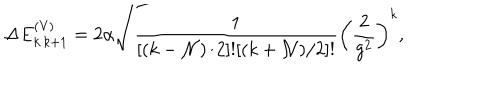
LaTeX: \Delta E _ { k \, k + 1 } ^ { \mathrm { ( V ) } } = 2 \alpha \sqrt { { \frac { 1 } { [ ( k - { \cal N } ) / 2 ] ! [ ( k + { \cal N } ) / 2 ] ! } } \left( { \frac { 2 } { g ^ { 2 } } } \right) ^ { k } } ,